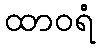
ထာဝရံ